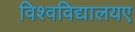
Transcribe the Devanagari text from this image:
विश्वविद्यालयए